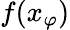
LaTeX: f(x_{\varphi})